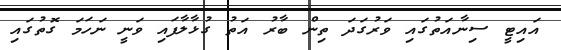
އައިޓީ ސިނާއަތުގައި ވަރުގަދަ ތިން ބާރު އަތު ގުޅާލާފައި ވަނީ ނަހަމަ ގޮތުގައި